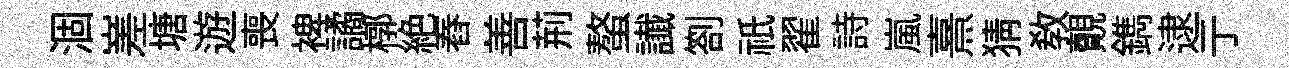
涸嵳塘遊喪裨譎槨絶舂善荊螯䜟劄祇翟詩嵐熹猜敎覿鐫逮亍